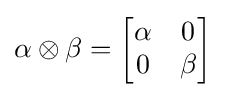
\alpha \otimes \beta ={\begin{bmatrix}\alpha &0\\0&\beta \end{bmatrix}}